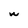
Character: W